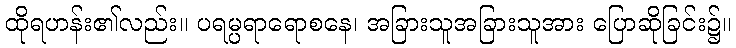
ထိုရဟန်း၏လည်း။ ပရမ္ပရာရောစနေ၊ အခြားသူအခြားသူအား ပြောဆိုခြင်း၌။